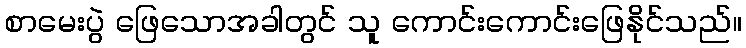
စာမေးပွဲ ဖြေသောအခါတွင် သူ ကောင်းကောင်းဖြေနိုင်သည်။